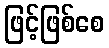
ဖြင့်ဖြစ်စေ